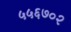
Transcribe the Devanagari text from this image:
५५६७०२